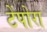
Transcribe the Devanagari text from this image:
टेंपोरा